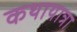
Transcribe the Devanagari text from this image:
कथायात्रा